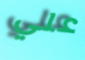
علي